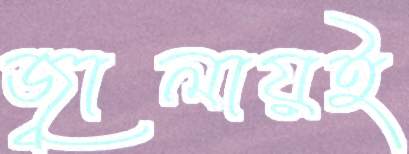
জ্বালায়ই